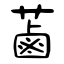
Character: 蓾